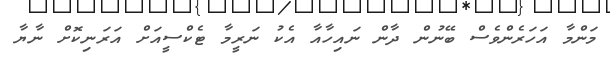
މަންމާ އަހަރެންވެސް ބޭނުން ދާން ނައިހާއާ އެކު ނަރީމާ ޓެކްސީއަށް އަރަނިކޮށް ނާޔާ